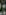
: